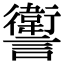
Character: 讆